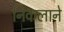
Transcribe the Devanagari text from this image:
निकलाने